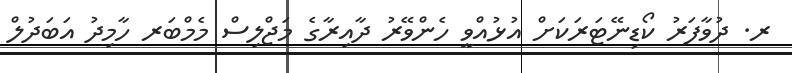
ރ. ދުވާފަރު ކޯޑިނޭޓަރަކަށް އުޅުއްވީ ހެންވޭރު ދާއިރާގެ މަޖްލިސް މެމްބަރ ހާމިދު އަބަދުލް